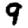
Digit: 9